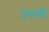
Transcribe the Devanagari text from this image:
उसमी